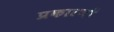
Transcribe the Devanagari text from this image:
प्रकारणों